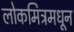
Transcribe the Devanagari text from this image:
लोकमित्रमधून